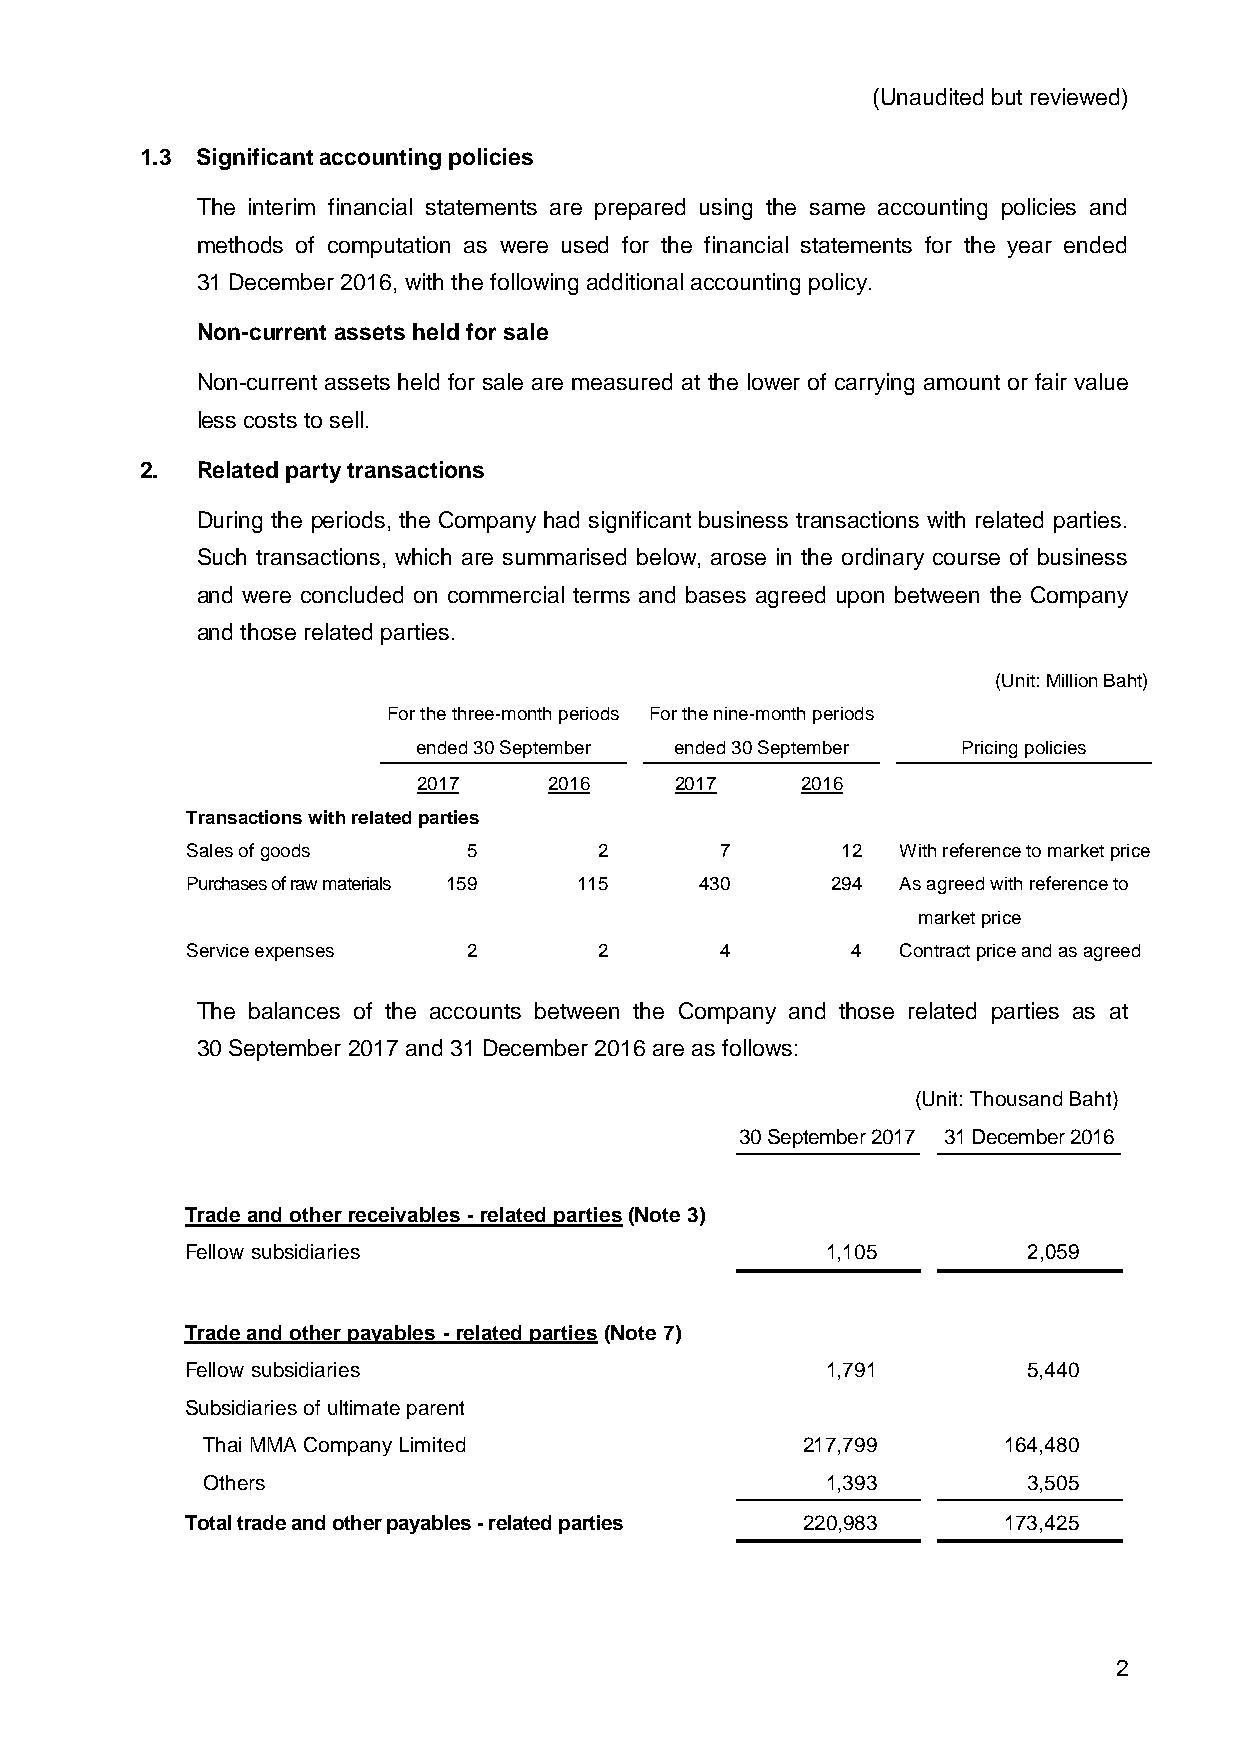
(Unaudited but reviewed)
 1.3 Significant accounting policies
 The interim financial statements are prepared using the same accounting policies and
 methods of computation as were used for the financial statements for the year ended
 31 December 2016, with the following additional accounting policy.
 Non-current assets held for sale
 Non-current assets held for sale are measured at the lower of carrying amount or fair value
 less costs to sell.
 2.  Related party transactions
 During the periods, the Company had significant business transactions with related parties.
 Such transactions, which are summarised below, arose in the ordinary course of business
 and were concluded on commercial terms and bases agreed upon between the Company
 and those related parties.
 (Unit: Million Baht)
 For the three-month periods For the nine-month periods
 ended 30 September ended 30 September Pricing policies
 2017    2016     2017    2016
 Transactions with related parties
 Sales of goods     5        2       7       12  With reference to market price
 Purchases of raw materials 159 115 430     294  As agreed with reference to
 market price
 Service expenses   2        2       4       4   Contract price and as agreed
 The balances of the accounts between the Company and those related parties as at
 30 September 2017 and 31 December 2016 are as follows:
 (Unit: Thousand Baht)
 30 September 2017 31 December 2016
 Trade and other receivables - related parties (Note 3)
 Fellow subsidiaries                        1,105        2,059
 Trade and other payables - related parties (Note 7)
 Fellow subsidiaries                        1,791        5,440
 Subsidiaries of ultimate parent
 Thai MMA Company Limited                217,799      164,480
 Others                                    1,393        3,505
 Total trade and other payables - related parties 220,983 173,425
 2